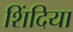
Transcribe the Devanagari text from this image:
शिंदिया